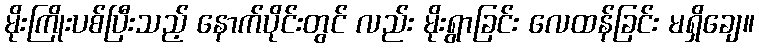
မိုးကြိုးပစ်ပြီးသည့် နောက်ပိုင်းတွင် လည်း မိုးရွာခြင်း လေထန်ခြင်း မရှိချေ။